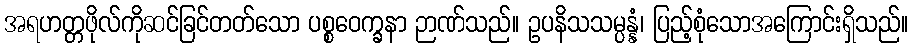
အရဟတ္တဖိုလ်ကိုဆင်ခြင်တတ်သော ပစ္စဝေက္ခနာ ဉာဏ်သည်။ ဥပနိသသမ္ပန္နံ၊ ပြည့်စုံသောအကြောင်းရှိသည်။